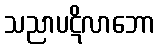
သညာပဋိလာဘော